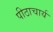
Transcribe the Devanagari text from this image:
पीठाचार्य